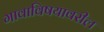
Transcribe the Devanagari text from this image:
गावाविषयावरील